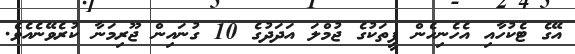
އޭގެ ޓެކުހާއި އެހެނިހެން ފީތަކުގެ ޖުމްލަ އަދަދުގެ 10 ގުނައިން ޖޫރިމަނާ ކުރެވޭނެއެވެ.